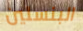
البنسلين